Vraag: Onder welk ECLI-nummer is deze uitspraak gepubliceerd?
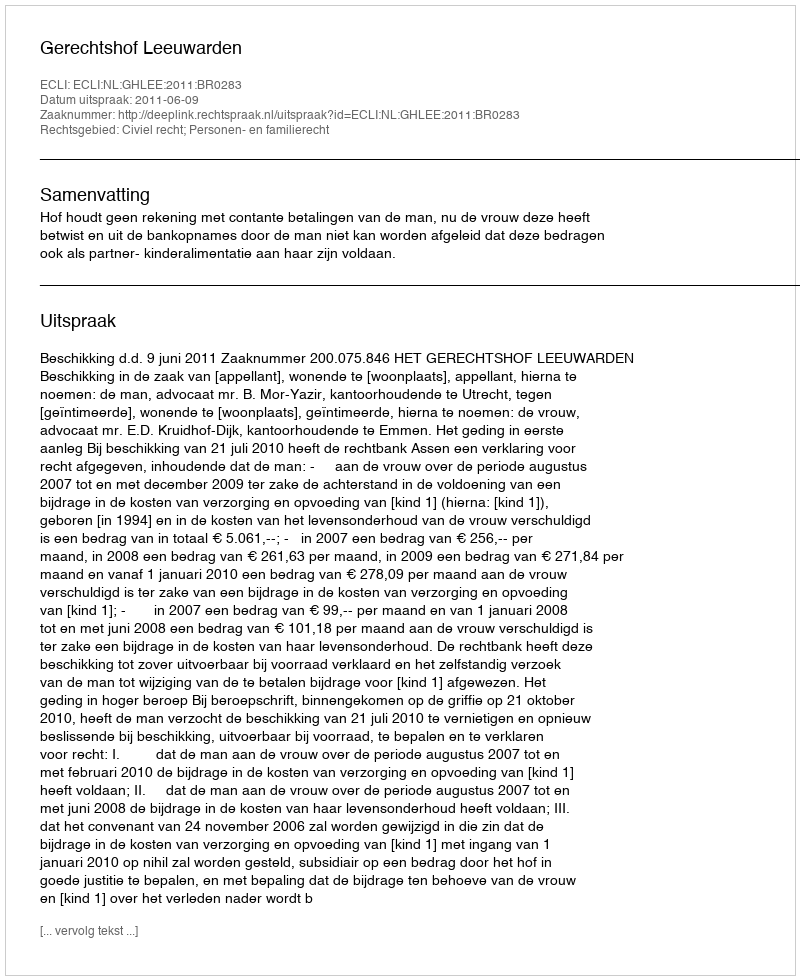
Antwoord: ECLI:NL:GHLEE:2011:BR0283